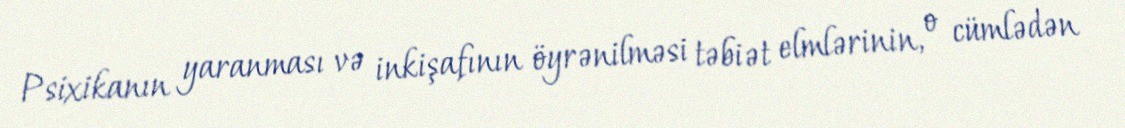
Psixikanın yaranması və inkişafının öyrənilməsi təbiət elmlərinin, o cümlədən